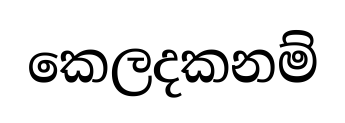
කෙලදකනම්